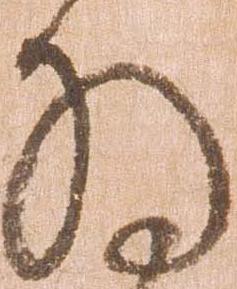
将